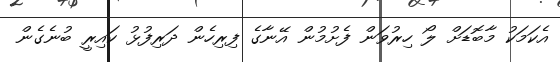
އެކަމަކު މާބޮޑަށް ލޯ ހިރުވަން ފެށުމުން އޭނާގެ ފިރިހެން ދަރިފުޅު ކައިރީ ބުނެގެން